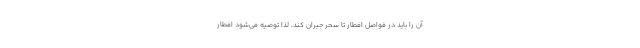
آن را باید در فواصل افطار تا سحر جبران کند، لذا توصیه می‌شود افطار